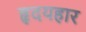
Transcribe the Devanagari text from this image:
हृदयहार